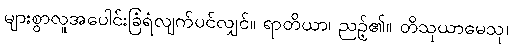
များစွာလူအပေါင်းခြံရံလျက်ပင်လျှင်။ ရာတိယာ၊ ညဉ့်၏။ တိသုယာမေသု၊